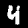
Digit: 4